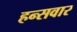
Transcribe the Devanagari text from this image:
हन्सवार